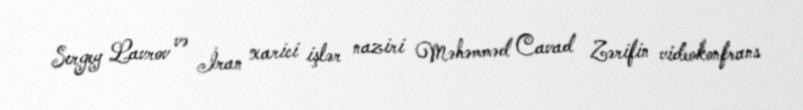
Sergey Lavrov və İran xarici işlər naziri Məhəmməd Cavad Zərifin videokonfrans